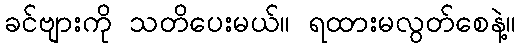
ခင်ဗျားကို သတိပေးမယ်။ ရထားမလွတ်စေနဲ့။